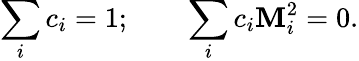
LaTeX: \sum_{i}c_{i}=1;\qquad\sum_{i}c_{i}\mathbf{M}_{i}^{2}=0.